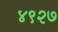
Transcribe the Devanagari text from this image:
४९२७